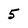
Character: 5